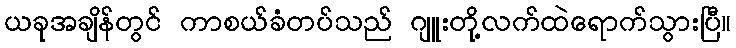
ယခုအချိန်တွင် ကာစယ်ခံတပ်သည် ဂျူးတို့လက်ထဲရောက်သွားပြီ။